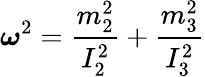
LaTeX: {\boldsymbol\omega}^{2}=\frac{m_{2}^{2}}{I_{2}^{2}}+\frac{m_{3}^{2}}{I_{3}^{2}}